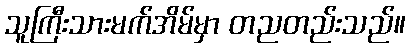
သူကြီးသားမက်အိမ်မှာ တညတည်းသည်။